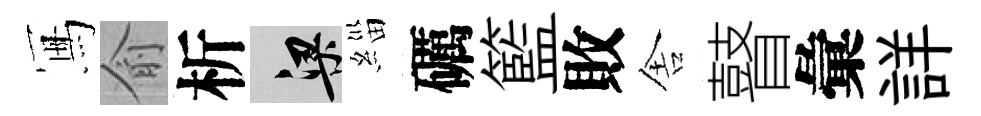
冩俞析梁緇礪籃敗舎瞽彙詳